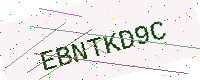
Text: EBNTKD9C